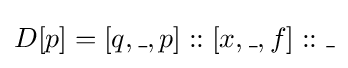
D[p]=[q,\_,p]::[x,\_,f]::\_